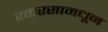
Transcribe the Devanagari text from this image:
रक्तरसामधून